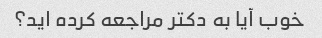
خوب آیا به دکتر مراجعه کرده اید؟